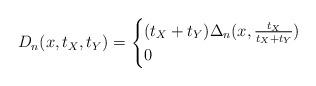
LaTeX: \begin{align*}D_n(x,t_X,t_Y)= \begin{cases}(t_X+t_Y)\Delta_n(x,\frac{t_X}{t_X+t_Y})&\\0&\end{cases}\end{align*}